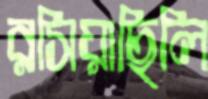
রসিয়াছিলি